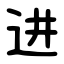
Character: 进